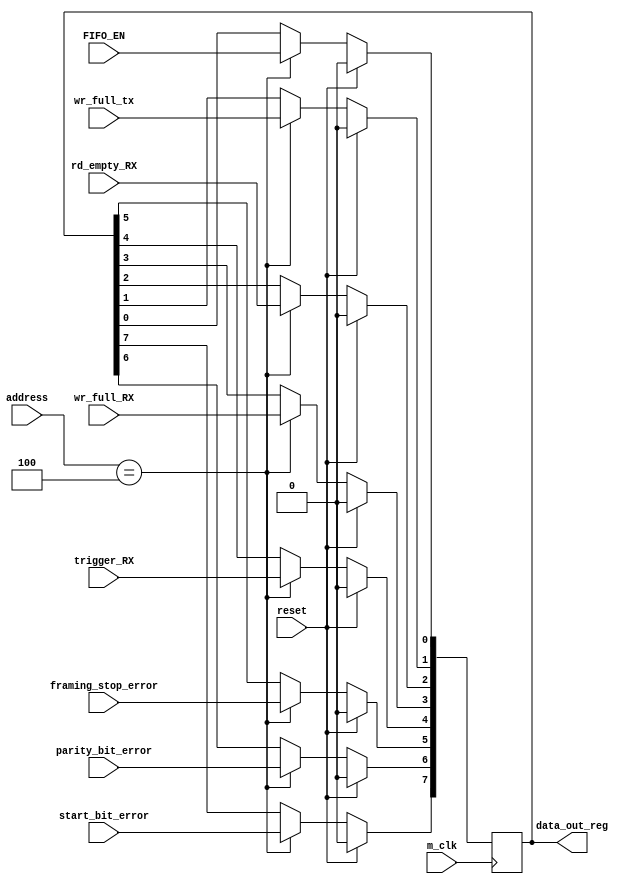
`timescale 1ns / 1ps
//////////////////////////////////////////////////////////////////////////////////
// Company: 
// Engineer: 
// 
// Design Name: 
// Module Name:    LINE_STATUS_REGISTER 
// Project Name: 
// Target Devices: 
// Tool versions: 
// Description: 
//
// Dependencies: 
//
// Revision: 
// Revision 0.01 - File Created
// Additional Comments: 
//
//////////////////////////////////////////////////////////////////////////////////
module LINE_STATUS_REGISTER(address,data_out_reg,wr_full_tx,FIFO_EN,wr_full_RX,rd_empty_RX,trigger_RX,start_bit_error,parity_bit_error,framing_stop_error,m_clk,reset);
input wr_full_tx;
input FIFO_EN;
input wr_full_RX;
input rd_empty_RX;
input trigger_RX;
input start_bit_error;
input parity_bit_error;
input framing_stop_error;
input m_clk,reset;
input [15:0] address; 
output reg [7:0] data_out_reg;


always @(posedge m_clk)
 begin
 if(reset==1'b1) 
  begin
   data_out_reg<=8'h00;
  end
  else
  if(address==16'h0004)
  begin
   data_out_reg [0]<=FIFO_EN;
	data_out_reg [1]<=wr_full_tx;
	data_out_reg [2]<=rd_empty_RX;;
	data_out_reg [3]<=wr_full_RX;
	data_out_reg [4]<=trigger_RX;
	data_out_reg [5]<=framing_stop_error;
	data_out_reg [6]<=parity_bit_error;
	data_out_reg [7]<=start_bit_error;
  end
end

endmodule